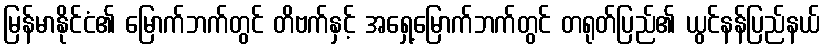
မြန်မာနိုင်ငံ၏ မြောက်ဘက်တွင် တိဗက်နှင့် အရှေ့မြောက်ဘက်တွင် တရုတ်ပြည်၏ ယွင်နန်ပြည်နယ်